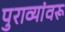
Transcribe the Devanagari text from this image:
पुराव्यांवरू